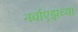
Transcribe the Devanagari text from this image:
नर्वाएझच्या